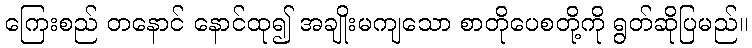
ကြေးစည် တနောင် နောင်ထု၍ အချိုးမကျသော စာတိုပေစတို့ကို ရွတ်ဆိုပြမည်။